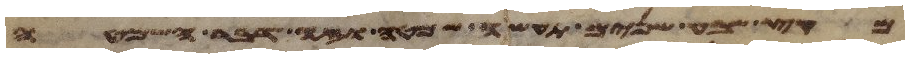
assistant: מקץ שבע שנים תעשה שמטה וזה דבר השמטה